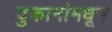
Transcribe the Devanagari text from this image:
दुकानांमधून